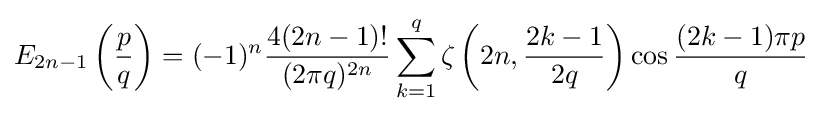
E_{2n-1}\left({\frac {p}{q}}\right)=(-1)^{n}{\frac {4(2n-1)!}{(2\pi q)^{2n}}}\sum _{k=1}^{q}\zeta \left(2n,{\frac {2k-1}{2q}}\right)\cos {\frac {(2k-1)\pi p}{q}}